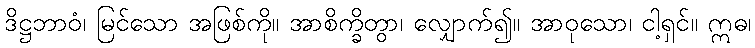
ဒိဋ္ဌဘာဝံ၊ မြင်သော အဖြစ်ကို။ အာစိက္ခိတွာ၊ လျှောက်၍။ အာဝုသော၊ ငါ့ရှင်။ ဣဓ၊